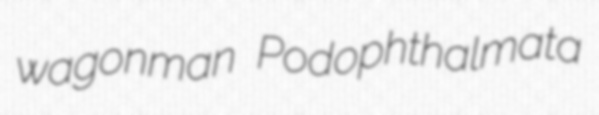
wagonman Podophthalmata